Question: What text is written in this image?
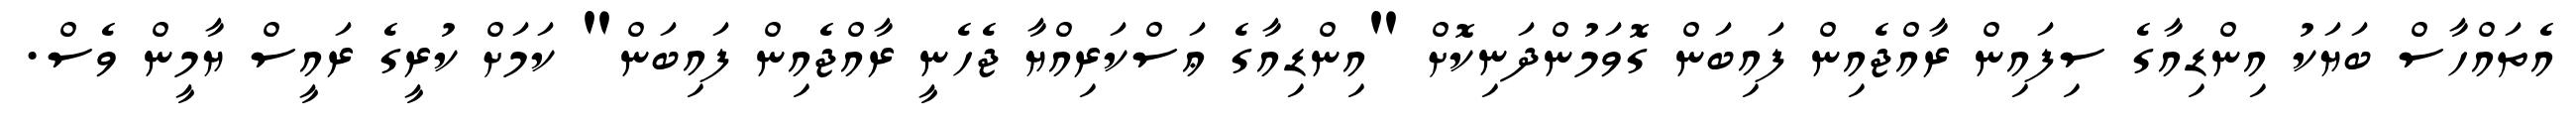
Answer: އެތައްހާސް ބަޔަކު އިންޑިއާގެ ސިފައިން ރާއްޖެއިން ފައިބަން ގޮވަމުންދަނިކޮށް "އިންޑިއާގެ ޢަސްކަރިއްޔާ ޖެހެނީ ރާއްޖެއިން ފައިބަން" ކަމަށް ކުރީގެ ރައީސް ޔާމީން ވެސް.